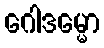
ဂေါဒမ္မော